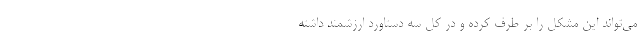
می‌تواند این مشکل را بر طرف کرده و در کل سه دستاورد ارزشمند داشته